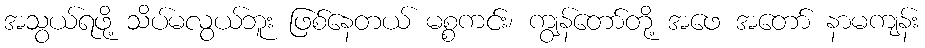
အသွယ်ရဖို့ သိပ်မလွယ်ဘူး ဖြစ်နေတယ် မစ္စကင်း၊ ကျွန်တော်တို့ အဖေ အတော် နာမကျန်း